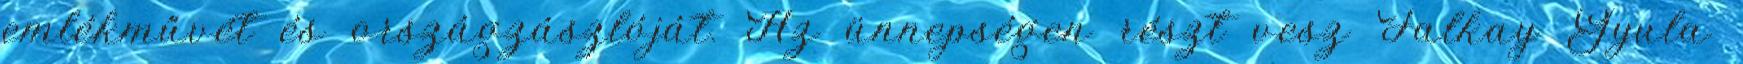
emlékművét és országzászlóját. Az ünnepségen részt vesz Falkay Gyula